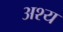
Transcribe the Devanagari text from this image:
अश्य